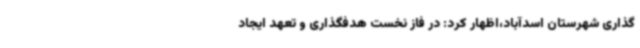
گذاری شهرستان اسدآباد،اظهار کرد: در فاز نخست هدفگذاری و تعهد ایجاد